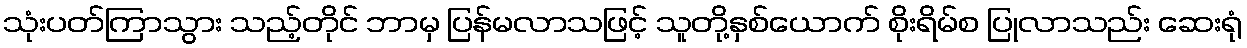
သုံးပတ်ကြာသွား သည့်တိုင် ဘာမှ ပြန်မလာသဖြင့် သူတို့နှစ်ယောက် စိုးရိမ်စ ပြုလာသည်း ဆေးရုံ